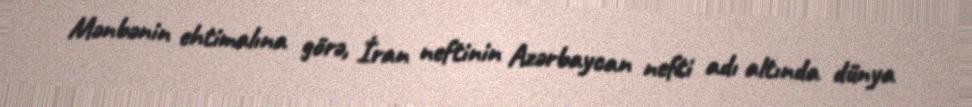
Mənbənin ehtimalına görə, İran neftinin Azərbaycan nefti adı altında dünya